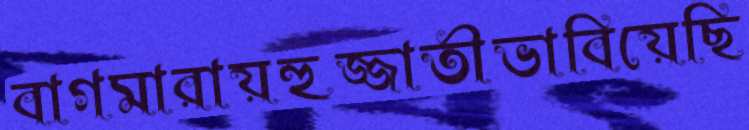
বাগমারায়হুজ্জাতীভাবিয়েছি